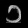
Digit: ၁